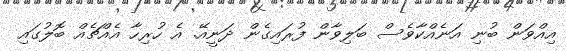
އިއްވަން ބުނި އަނެއްކާވެސް ބަލިވާން ފުރައިގެން ދަނީއޭ. އެ ހުރިހާ އެއްޗެއް ބޮލުގައި